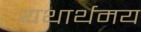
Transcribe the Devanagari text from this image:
यथार्थमय